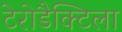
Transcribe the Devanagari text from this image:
टेरोडैक्टिला